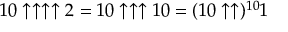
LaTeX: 1 0 \uparrow \uparrow \uparrow \uparrow 2 = 1 0 \uparrow \uparrow \uparrow 1 0 = ( 1 0 \uparrow \uparrow ) ^ { 1 0 } 1